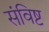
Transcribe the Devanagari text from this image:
संविष्ट